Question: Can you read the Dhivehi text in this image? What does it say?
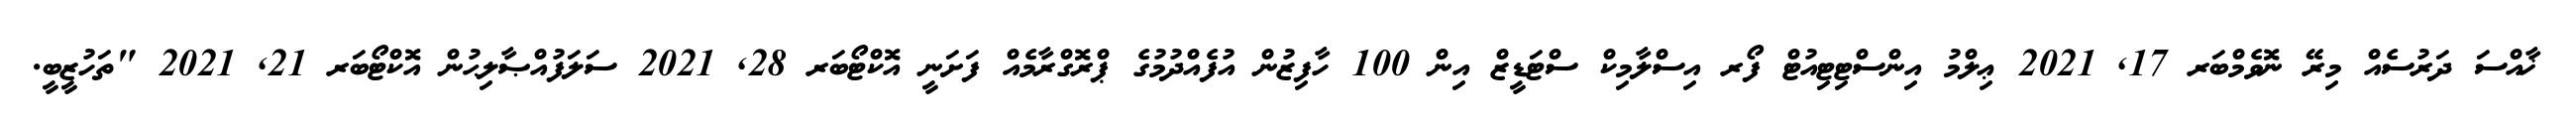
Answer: ޚާއްސަ ދަރުސެއް މިރޭ ނޮވެމްބަރ 17, 2021 ޢިލްމު އިންސްޓިޓިއުޓް ފޯރ އިސްލާމިކް ސްޓަޑީޒް އިން 100 ހާފިޒުން އުފެއްދުމުގެ ޕްރޮގްރާމެއް ފަށަނީ އޮކްޓޯބަރ 28, 2021 ސަލަފުއްޞާލިޙުން އޮކްޓޯބަރ 21, 2021 "ތަހުޒީބީ.